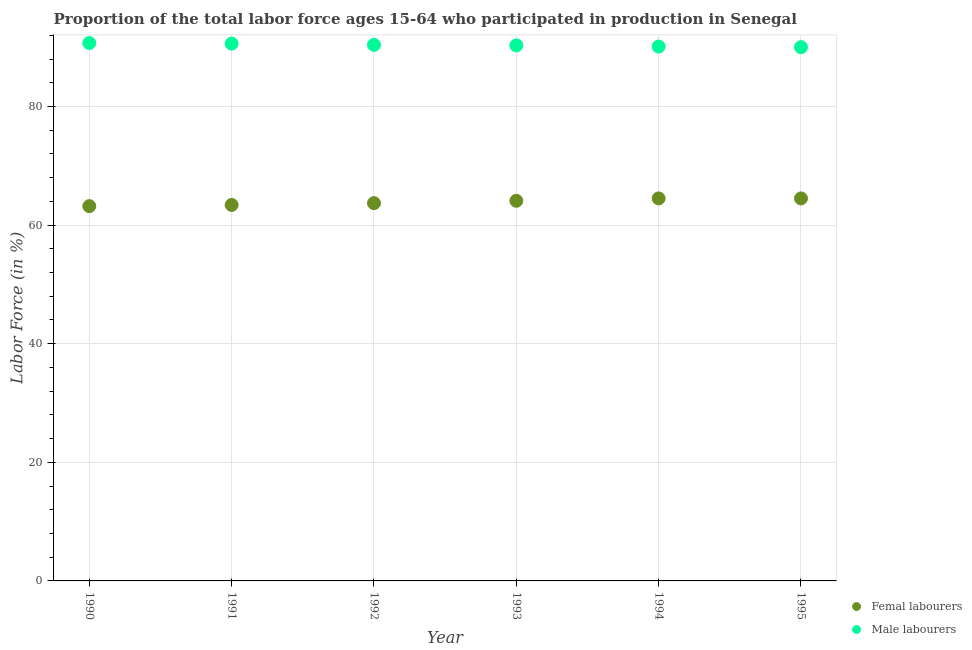
| Year | Femal labourers | Male labourers |
 | --- | --- | --- |
 | 1990 | 63.2 | 90.7 |
 | 1991 | 63.4 | 90.6 |
 | 1992 | 63.7 | 90.4 |
 | 1993 | 64.1 | 90.3 |
 | 1994 | 64.5 | 90.1 |
 | 1995 | 64.5 | 90 |